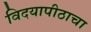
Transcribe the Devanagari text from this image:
विदयापीठाचा